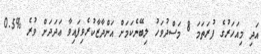
އަދި މިއަހަރުގެ ފުރަތަމަ 8 މަސްދުވަހު ލިބޭނެކަމަށް އަންދާޒާކުރެވިފައިވާ ޢަދަދަށް ވުރެ %0.5